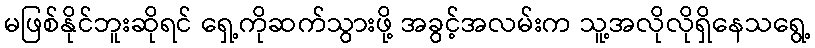
မဖြစ်နိုင်ဘူးဆိုရင် ရှေ့ကိုဆက်သွားဖို့ အခွင့်အလမ်းက သူ့အလိုလိုရှိနေသရွေ့